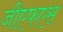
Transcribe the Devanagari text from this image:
जीएफएस